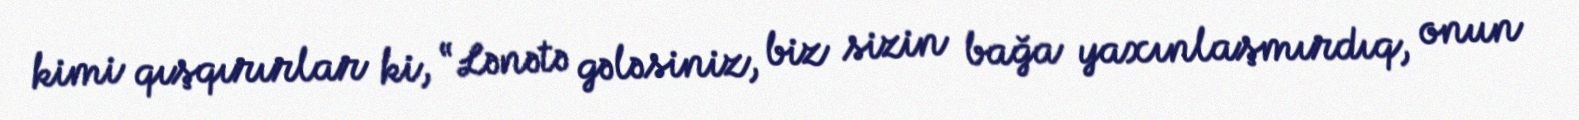
kimi qışqırırlar ki, “Lənətə gələsiniz, biz sizin bağa yaxınlaşmırdıq, onun